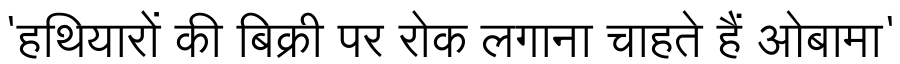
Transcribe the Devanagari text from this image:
'हथियारों की बिक्री पर रोक लगाना चाहते हैं ओबामा'